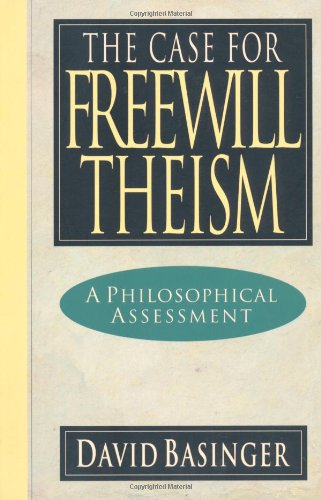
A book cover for The Case for Freewill Theism: A Philosophical Assessment; David Basinger; Religion & Spirituality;